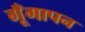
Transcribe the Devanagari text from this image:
गूँगापन